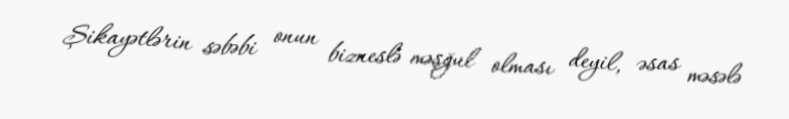
Şikayətlərin səbəbi onun bizneslə məşğul olması deyil, əsas məsələ